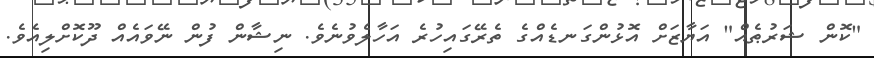
"ކޮން ޝަރުޠެއް" އަޔާޒަށް އޮޅުންގަނޑެއްގެ ތެރޭގައިހުރެ އަހާލެވުނެވެ. ނިޝާން ފުން ނޭވައެއް ދޫކޮށްލިއެވެ.